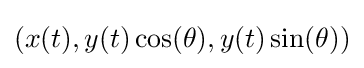
(x(t),y(t)\cos(\theta ),y(t)\sin(\theta ))